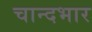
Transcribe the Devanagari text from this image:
चान्दभार